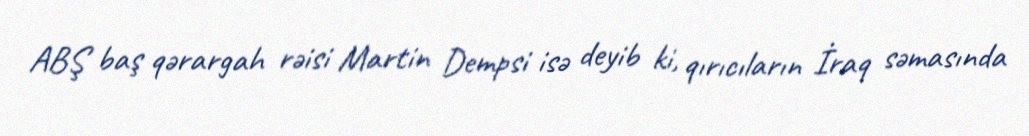
ABŞ baş qərargah rəisi Martin Dempsi isə deyib ki, qırıcıların İraq səmasında